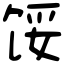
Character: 馁